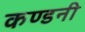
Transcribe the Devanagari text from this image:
कण्डनी